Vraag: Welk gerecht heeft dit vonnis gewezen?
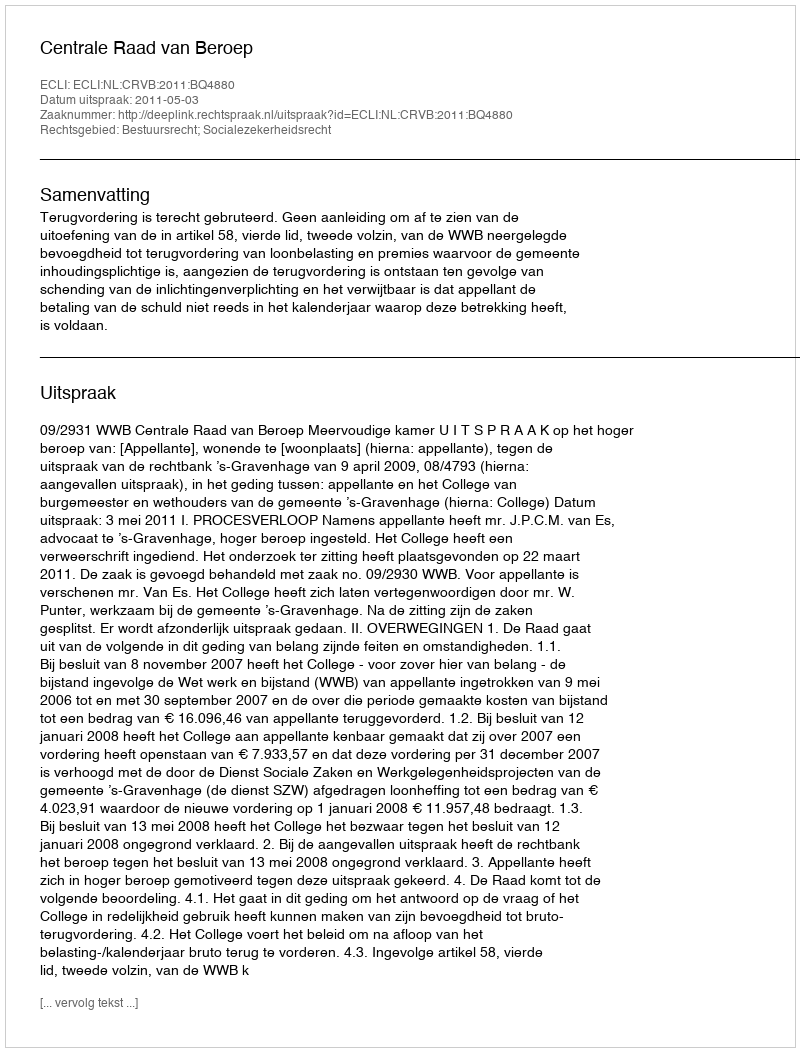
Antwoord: Centrale Raad van Beroep